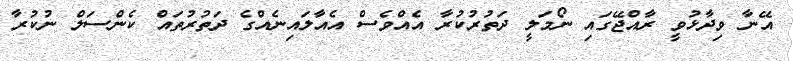
އޭނާ ވިދާޅުވީ ރާއްޖޭގައި ނޯމަލީ ދަތުރުކުރާ އެއްވެސް އެއާލައިނެއްގެ ދަތުރުތައް ކެންސަލް ނުކުރާ